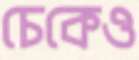
চেকেও